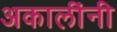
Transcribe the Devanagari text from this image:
अकालींनी